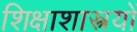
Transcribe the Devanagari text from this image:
शिक्षाशास्त्रयों